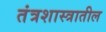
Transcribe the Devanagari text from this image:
तंत्रशास्त्रातील